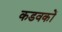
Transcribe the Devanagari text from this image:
कडवकों